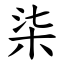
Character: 柒